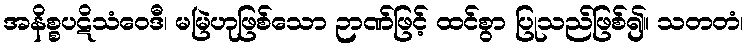
အနိစ္စပဋိသံဝေဒီ၊ မမြဲဟုဖြစ်သော ဉာဏ်ဖြင့် ထင်စွာ ပြုသည်ဖြစ်၍။ သတတံ၊